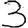
Digit: 3